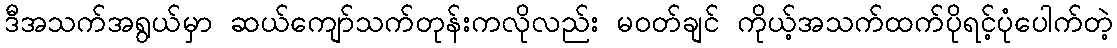
ဒီအသက်အရွယ်မှာ ဆယ်ကျော်သက်တုန်းကလိုလည်း မဝတ်ချင် ကိုယ့်အသက်ထက်ပိုရင့်ပုံပေါက်တဲ့